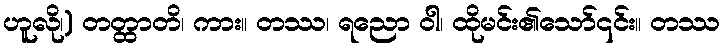
ဟူလို၊) တတ္ထာတိ၊ ကား။ တဿ၊ ရညော ဝါ၊ ထိုမင်း၏သော်၎င်း။ တဿ